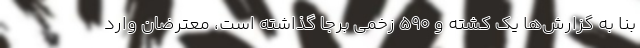
بنا به گزارش‌ها یک کشته و ۵۹۰ زخمی برجا گذاشته است، معترضان وارد